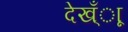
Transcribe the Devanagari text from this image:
देख्ँाू